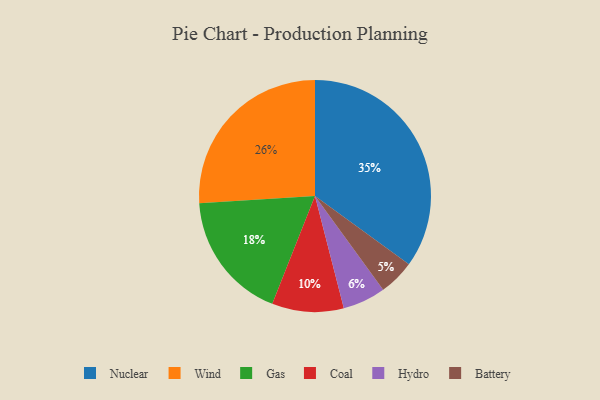
{"axis": {"x": "Category", "y": "Percentage"}, "legend": ["Battery", "Coal", "Gas", "Hydro", "Nuclear", "Wind"], "data": [{"x": "Hydro", "y": 6, "type": "Hydro"}, {"x": "Nuclear", "y": 35, "type": "Nuclear"}, {"x": "Gas", "y": 18, "type": "Gas"}, {"x": "Coal", "y": 10, "type": "Coal"}, {"x": "Battery", "y": 5, "type": "Battery"}, {"x": "Wind", "y": 26, "type": "Wind"}]}